Report on the working of the Ranchi Indian Mental Hospital, Kanke, in Bihar and Orissa - 1930-1940
Year: 1930
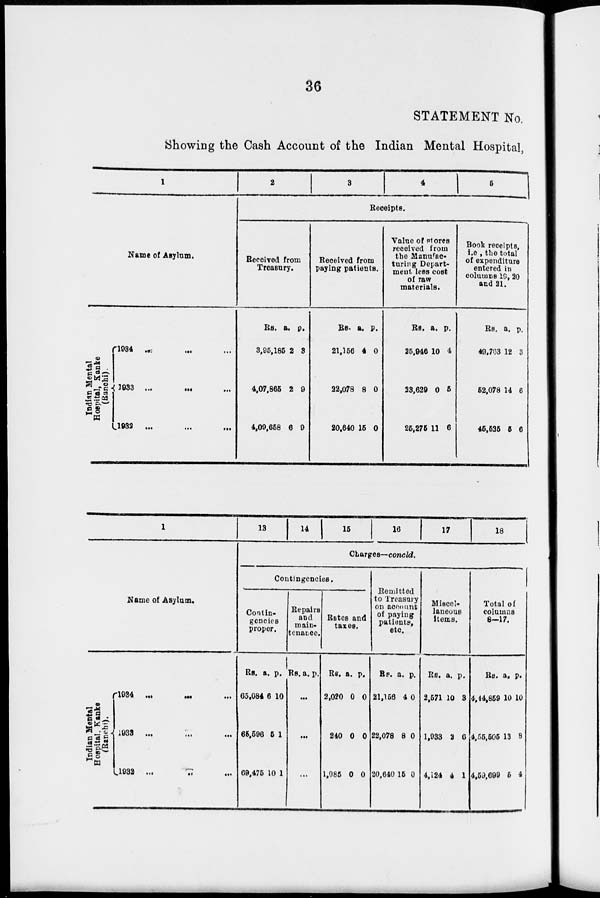
36
STATEMENT No.
Showing the Cash Account of the Indian Mental Hospital,
1
Name of Asylum.
I
ndian Mental
Hospital, Kanke
(Ranchi).
1934 ... ... ...
1933
...
...
...
1932
...
...
...
2
3
4
5
Receipts.
Received from
Treasury.
Rs.
3,96,185
4,07,865
4,09,658
a.
2
2
6
p.
3
9
9
Received from
paying patients.
Rs.
21,156
22,078
20,640
a.
4
8
15
p.
0
0
0
Value of stores
received from
the Manufac-
turing Depart-
ment less cost
of raw
materials.
Rs.
25,046
23,629
25,275
a.
10
0
11
p.
4
5
6
Book receipts,
i.e , the total
of expenditure
entered in
columns 19, 20
and 21.
Rs.
49,703
52,078
45,525
a.
12
14
5
p.
3
6
6
1
Name of Asylum.
Indian Mental
Hospital. Kanke
(Ranchi).
1934
...
...
...
1933
...
...
...
1932 ... ... ...
13
1 4 15
16
17
18
Charges—concld.
Contingencies.
Contin-
gencies
proper.
Rs.
65,084
65,696
69,475
a.
6
5
10
p.
10
1
1
Repairs
and
main-
tenance.
Rs. a. p.
...
...
...
Rates and
taxes.
Rs.
2,020
240
1,085
a.
0
0
0
p.
0
0
0
Remitted
to Treasury
on account
of paying
patients,
etc.
Rs.
21,156
22,078
20,640
a.
4
8
15
p.
0
0
0
Miscel-
laneous
items.
Rs.
2,571
1,933
4,124
a.
10
2
4
p.
3
6
1
Total of
columns
8-17.
Rs.
4,44,859
4,55,505
4,59,699
a.
10
13
5
p.
10
8
4